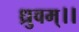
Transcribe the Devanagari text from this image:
ध्रुवम्।।